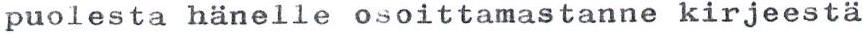
puolesta hänelle osoittamastanne kirjeestä